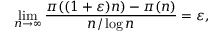
\operatorname* { l i m } _ { n \to \infty } { \frac { \pi ( ( 1 + \varepsilon ) n ) - \pi ( n ) } { n / \log n } } = \varepsilon ,